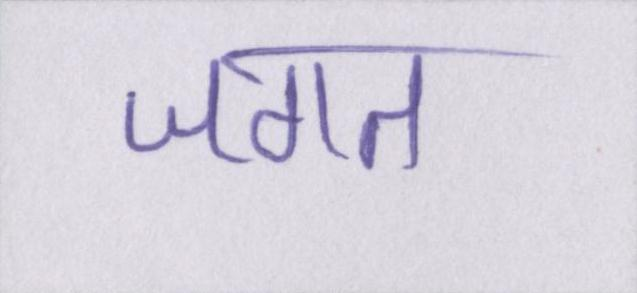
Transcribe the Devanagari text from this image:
जगत